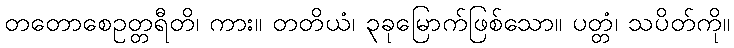
တတောစေဥတ္တရီတိ၊ ကား။ တတိယံ၊ ၃ခုမြောက်ဖြစ်သော။ ပတ္တံ၊ သပိတ်ကို။